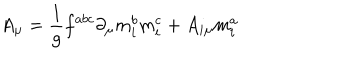
LaTeX: A _ { \mu } = \frac 1 g f ^ { a b c } \partial _ { \mu } m _ { i } ^ { b } m _ { i } ^ { c } + A _ { i \mu } m _ { i } ^ { a }